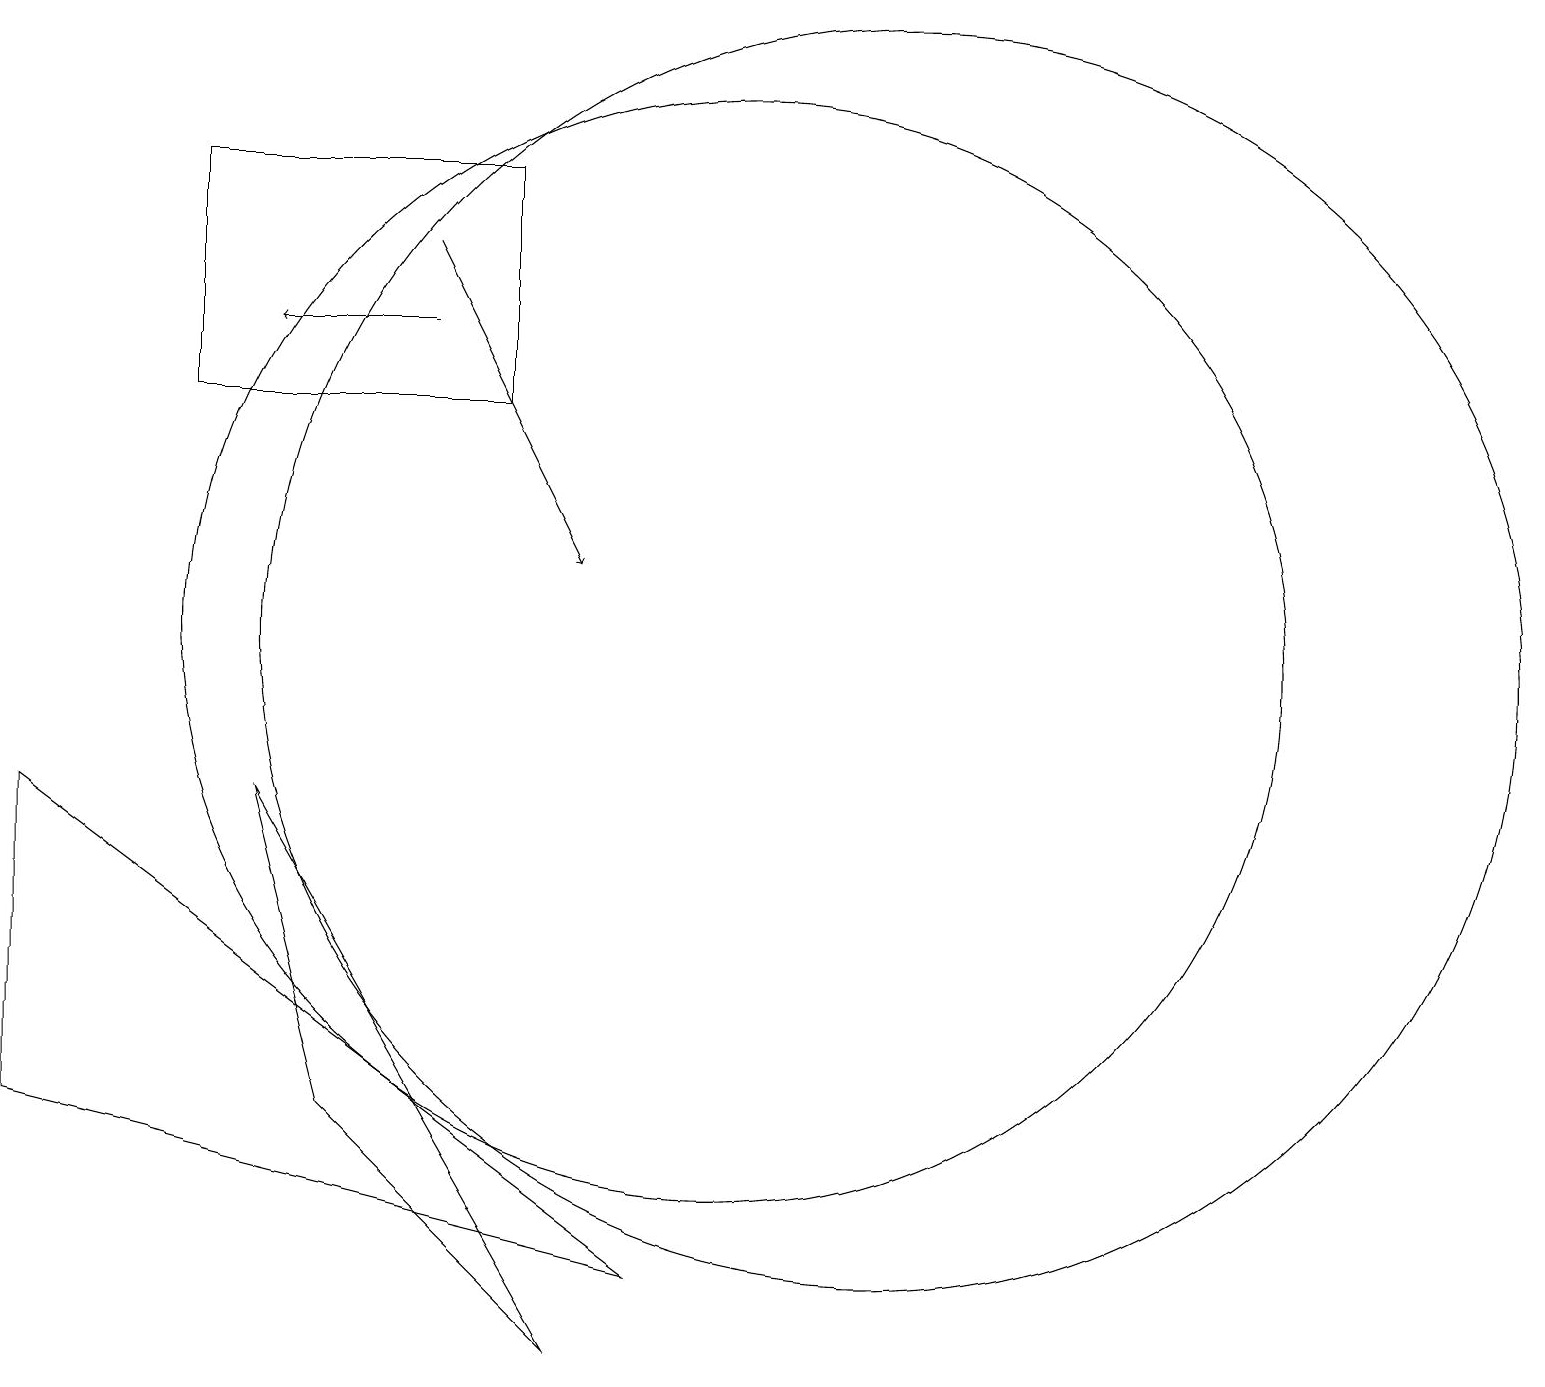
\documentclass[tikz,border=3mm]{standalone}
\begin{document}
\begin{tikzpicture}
\draw (10,10) circle (0);
\draw (9,2) -- (1,8) -- (1,4) -- cycle;
\draw (5,4) -- (4,8) -- (8,1) -- cycle;
\draw (12,10) circle (8);
\draw (10,10) circle (7);
\draw[->] (6,14) -- (4,14);
\draw[->] (6,15) -- (8,11);
\draw (3,13) rectangle (7,16);
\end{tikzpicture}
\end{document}